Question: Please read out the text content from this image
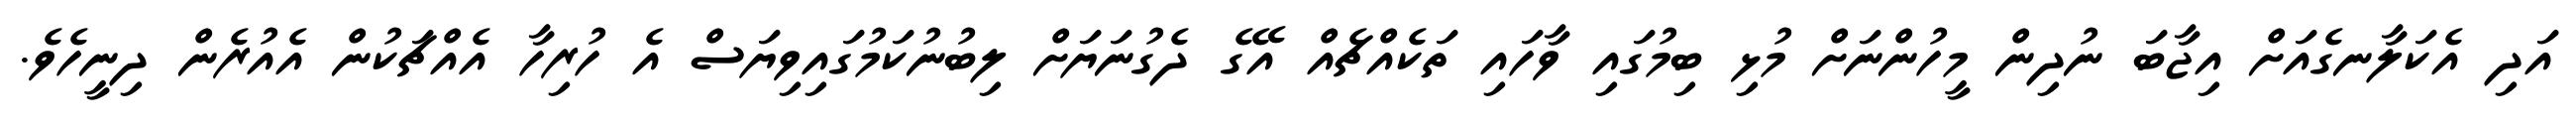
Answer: އަދި އެކަލާނގެއަށް އިޖާބަ ނުދިން މީހުންނަށް މުޅި ބިމުގައި ވާހައި ތަކެއްޗެއް އޭގެ ދެގުނަޔަށް ލިބުނުކަމުގައިވިޔަސް އެ ހުރިހާ އެއްޗަކުން އެއުރެން ދިނީހެވެ.